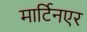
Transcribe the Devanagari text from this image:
मार्टिनएर